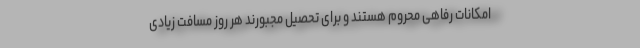
امکانات رفاهی محروم هستند و برای تحصیل مجبورند هر روز مسافت زیادی